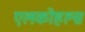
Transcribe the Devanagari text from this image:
एलकोहल्स